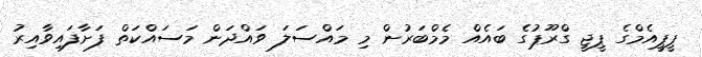
ޕީޕީއެމްގެ ޕީޖީ ގްރޫޕުގެ ބައެއް މެމްބަރުން މި މައްސަލަ ވައްދަން މަސައްކަތް ފަށާފައިވާއިރު